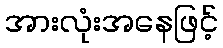
အားလုံးအနေဖြင့်